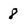
Character: 8